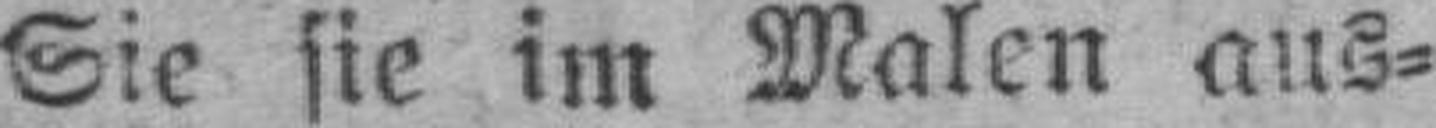
Sie sie im Malen aus¬